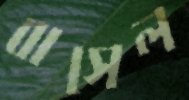
বাসেল